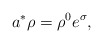
\begin{align*}a^{*}\rho = \rho^{0}e^{\sigma},\end{align*}